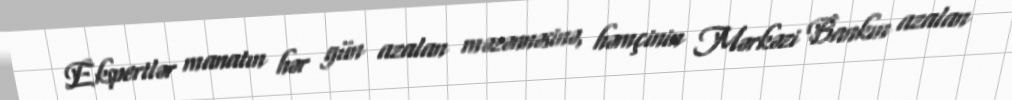
Ekspertlər manatın hər gün azalan məzənnəsinə, həmçinin Mərkəzi Bankın azalan